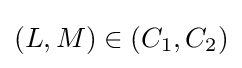
(L,M)\in (C_{1},C_{2})